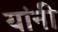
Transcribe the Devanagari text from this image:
यांनी